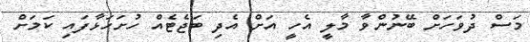
މަސް ދުވަހަށް ބޭނުންވާ މާލީ އެހީ އަށް އެދި ބަޖެޓެއް ހުށަހަޅާފަައި ކަމަށް